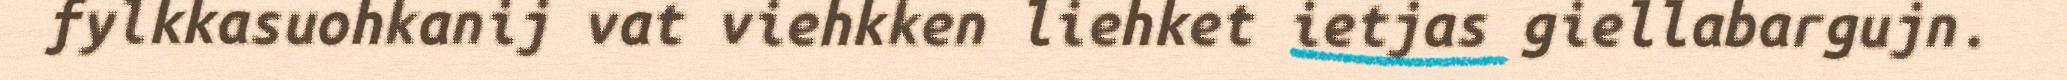
fylkkasuohkanij vat viehkken liehket ietjas giellabargujn.